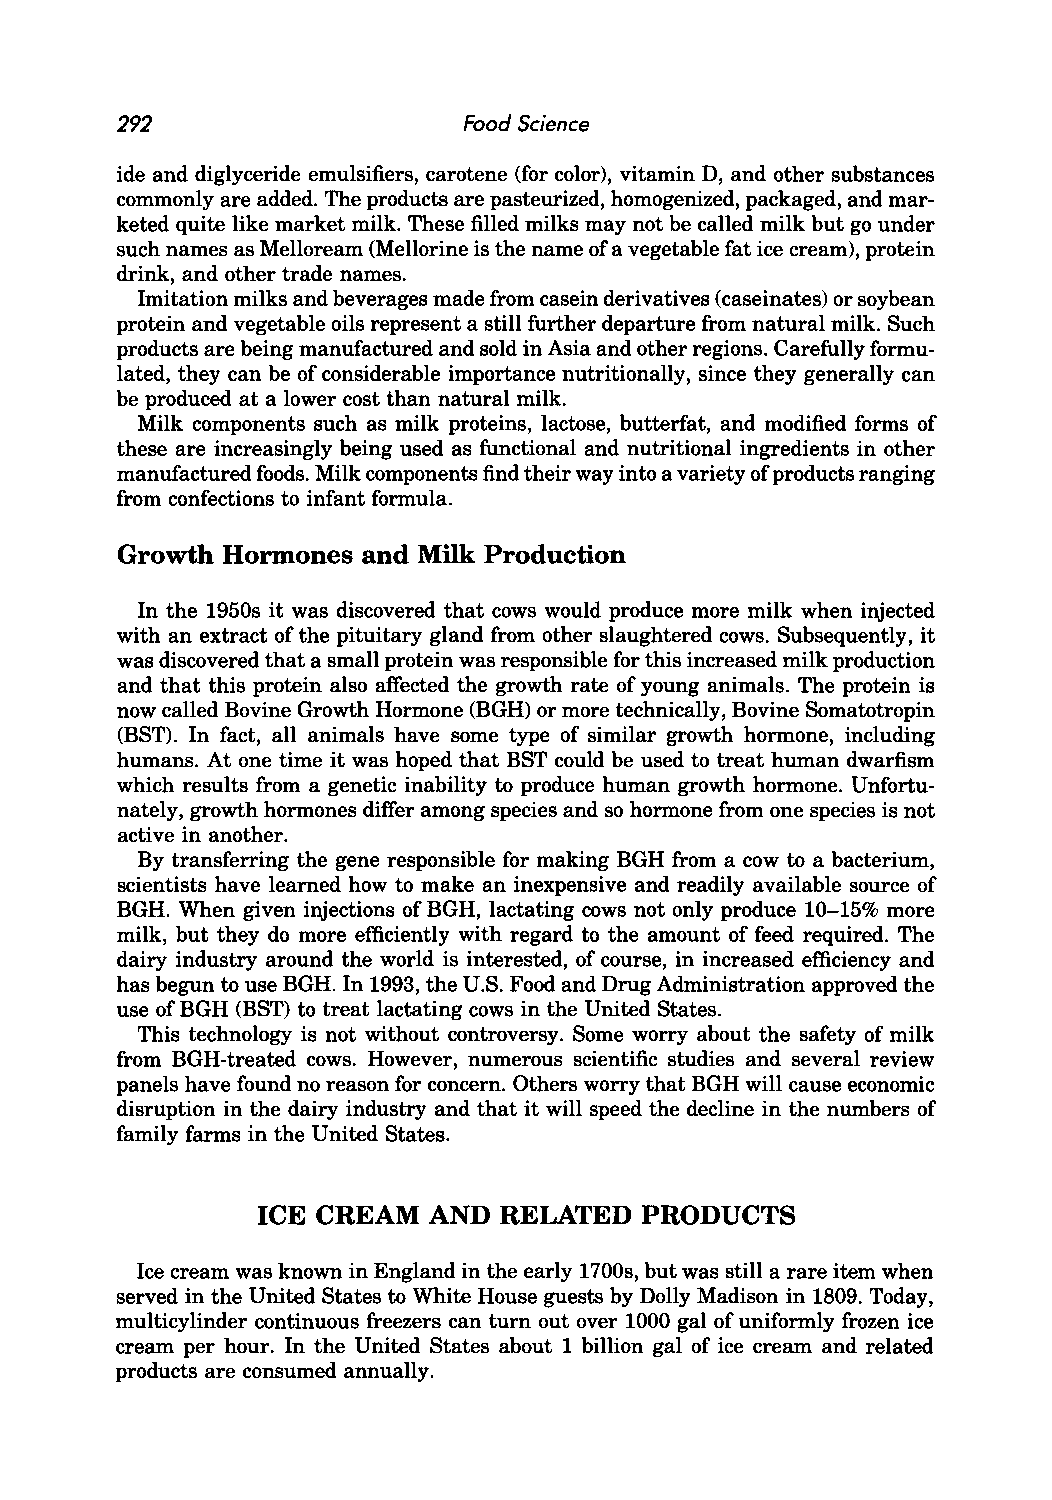
292                    Food Science
 ide and diglyceride emulsifiers, carotene (for color), vitamin D, and other substances
 commonly are added. The products are pasteurized, homogenized, packaged, and mar
 keted quite like market milk. These filled milks may not be called milk but go under
 such names as Melloream (Mellorine is the name of a vegetable fat ice cream), protein
 drink, and other trade names.
 Imitation milks and beverages made from casein derivatives (caseinates) or soybean
 protein and vegetable oils represent a still further departure from natural milk. Such
 products are being manufactured and sold in Asia and other regions. Carefully formu
 lated, they can be of considerable importance nutritionally, since they generally can
 be produced at a lower cost than natural milk.
 Milk components such as milk proteins, lactose, butterfat, and modified forms of
 these are increasingly being used as functional and nutritional ingredients in other
 manufactured foods. Milk components find their way into a variety of products ranging
 from confections to infant formula.
 Growth Hormones and Milk Production
 In the 1950s it was discovered that cows would produce more milk when injected
 with an extract of the pituitary gland from other slaughtered cows. Subsequently, it
 was discovered that a small protein was responsible for this increased milk production
 and that this protein also affected the growth rate of young animals. The protein is
 now called Bovine Growth Hormone (BGH) or more technically, Bovine Somatotropin
 (BST). In fact, all animals have some type of similar growth hormone, including
 humans. At one time it was hoped that BST could be used to treat human dwarfism
 which results from a genetic inability to produce human growth hormone. Unfortu
 nately, growth hormones differ among species and so hormone from one species is not
 active in another.
 By transferring the gene responsible for making BGH from a cow to a bacterium,
 scientists have learned how to make an inexpensive and readily available source of
 BGH. When given injections of BGH, lactating cows not only produce 10-15% more
 milk, but they do more efficiently with regard to the amount of feed required. The
 dairy industry around the world is interested, of course, in increased efficiency and
 has begun to use BGH. In 1993, the U.S. Food and Drug Administration approved the
 use of BGH (BST) to treat lactating cows in the United States.
 This technology is not without controversy. Some worry about the safety of milk
 from BGH-treated cows. However, numerous scientific studies and several review
 panels have found no reason for concern. Others worry that BGH will cause economic
 disruption in the dairy industry and that it will speed the decline in the numbers of
 family farms in the United States.
 ICE CREAM  AND  RELATED  PRODUCTS
 Ice cream was known in England in the early 1700s, but was still a rare item when
 served in the United States to White House guests by Dolly Madison in 1809. Today,
 multicylinder continuous freezers can turn out over 1000 gal of uniformly frozen ice
 cream per hour. In the United States about 1 billion gal of ice cream and related
 products are consumed annually.